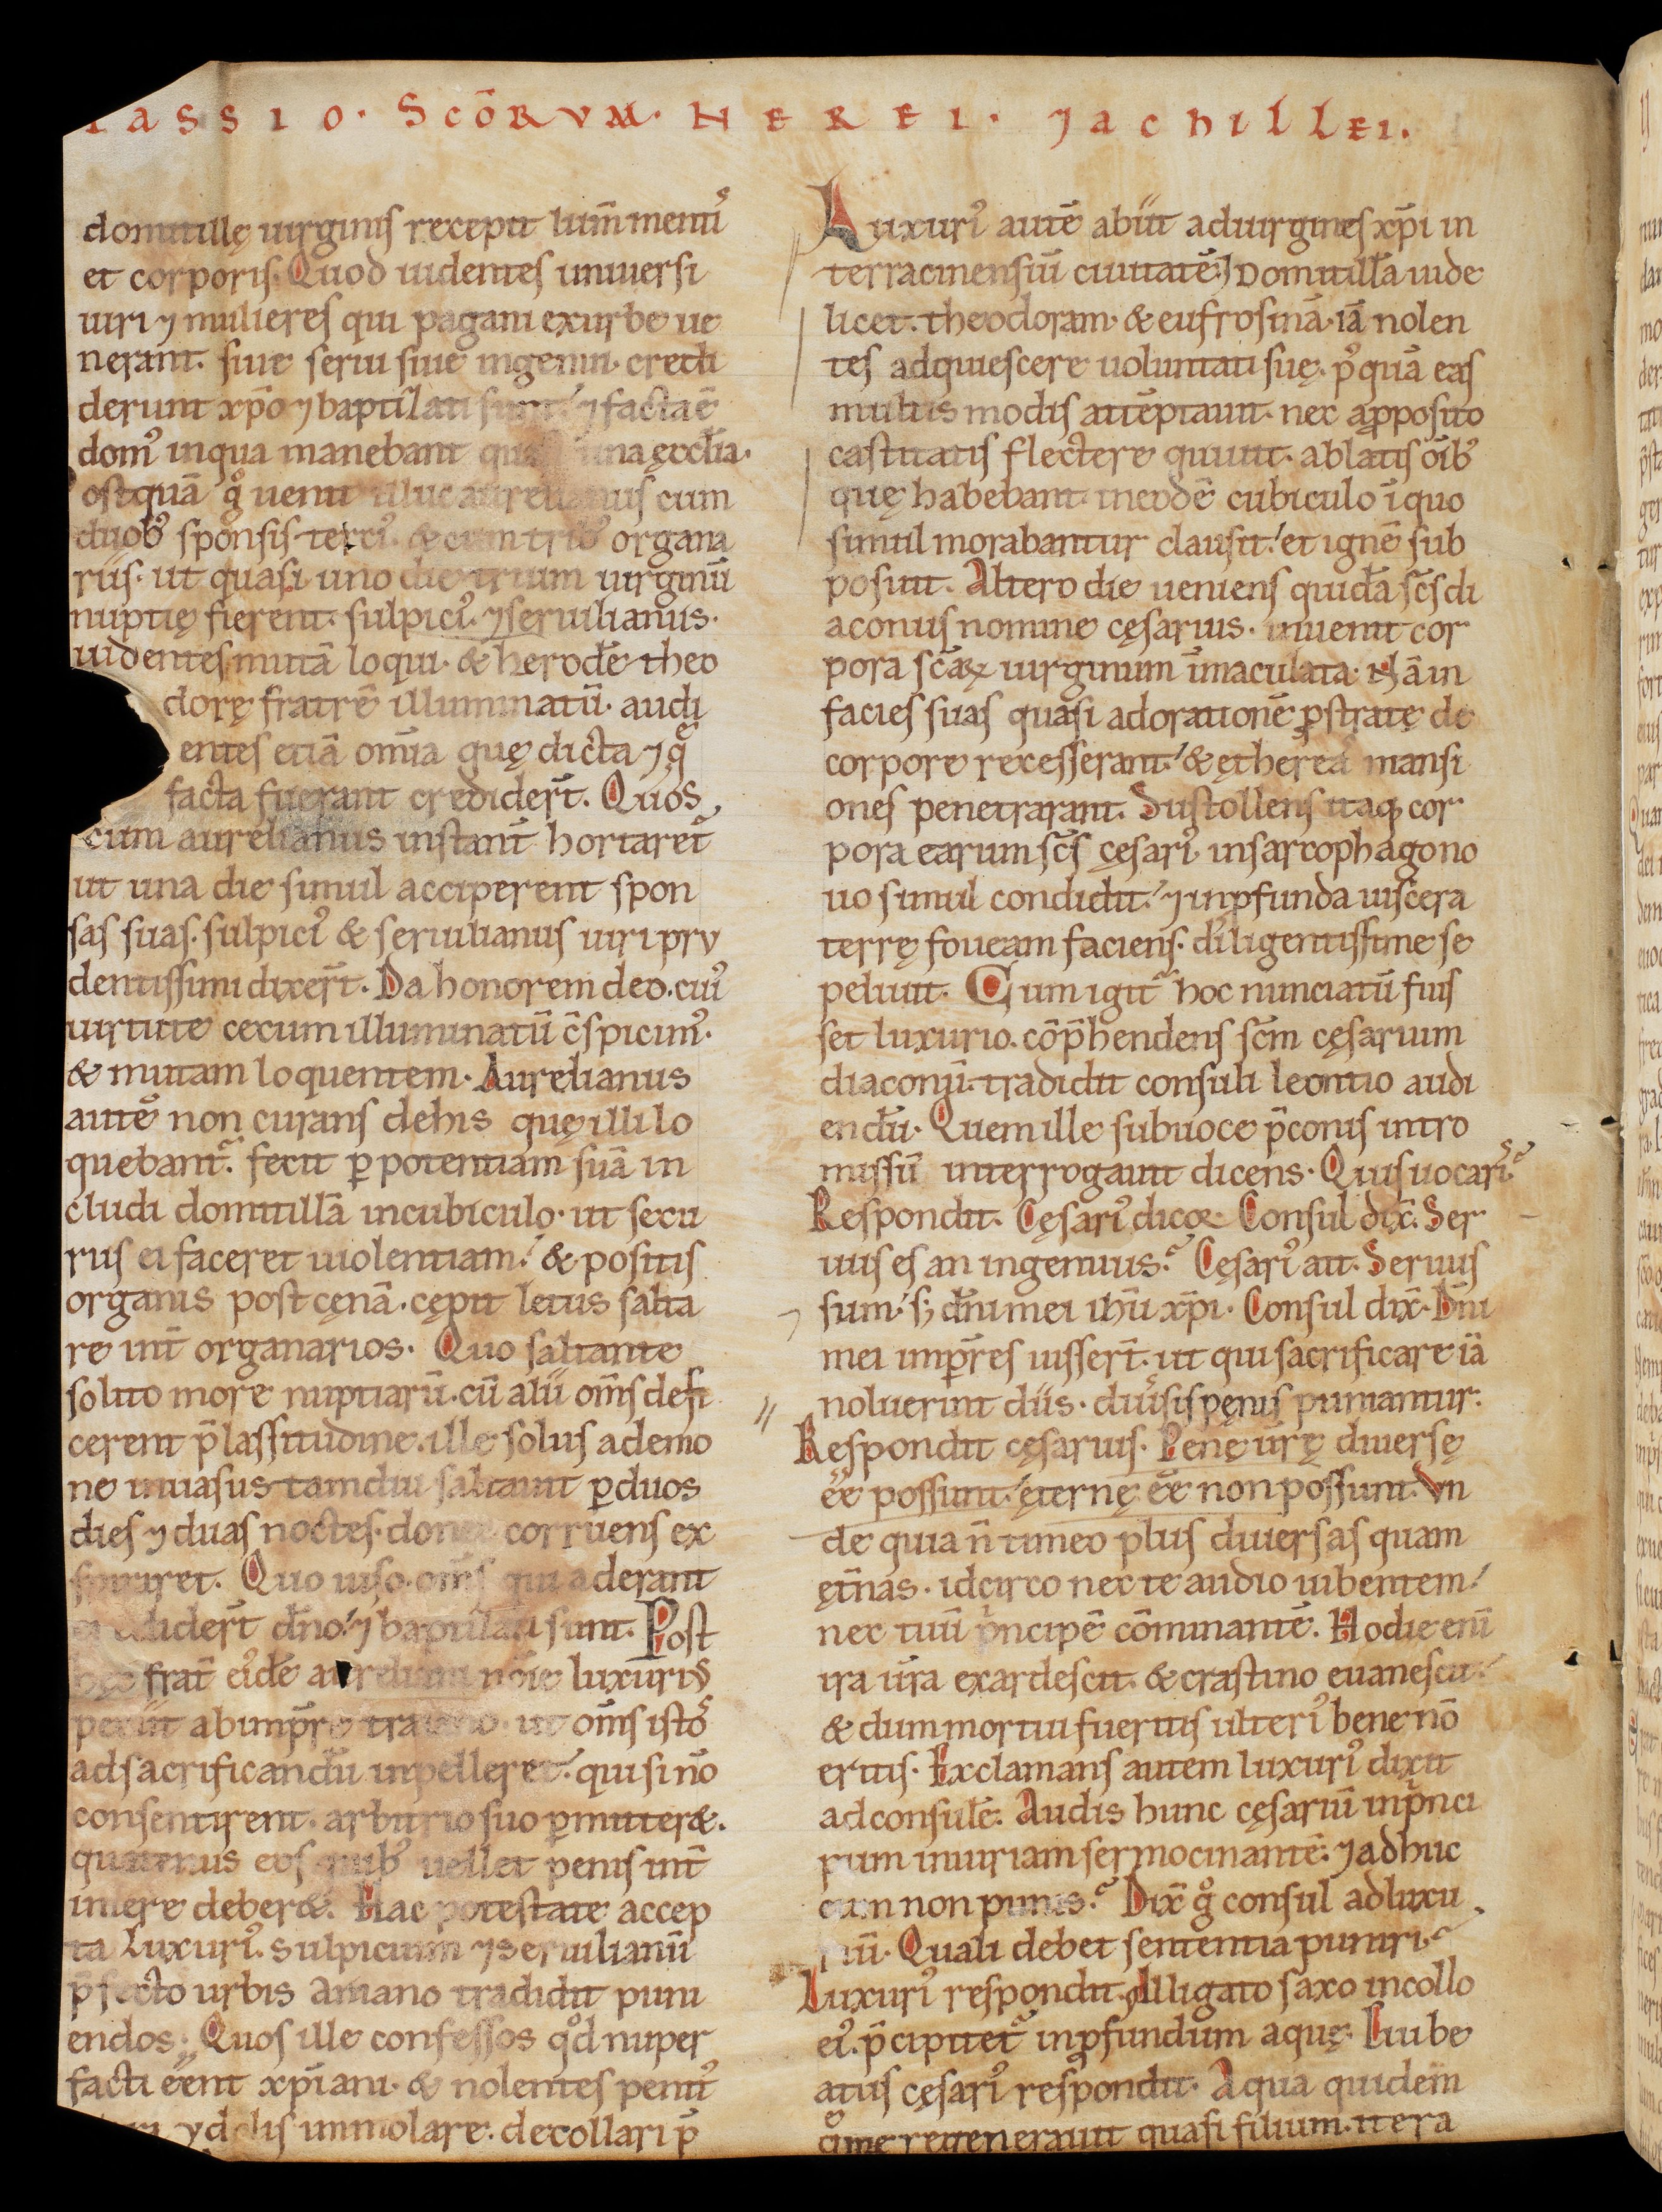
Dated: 1140–1170